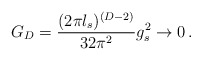
\begin{align*}G_D = {({2\pi l_s})^{(D-2)}\over32 \pi^2} g_s^2 \rightarrow 0 \, .\end{align*}